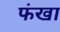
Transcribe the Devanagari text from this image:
फंखा